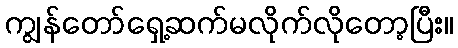
ကျွန်တော်ရှေ့ဆက်မလိုက်လိုတော့ပြီး။